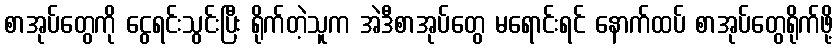
စာအုပ်တွေကို ငွေရင်းသွင်းပြီး ရိုက်တဲ့သူက အဲဒီစာအုပ်တွေ မရောင်းရင် နောက်ထပ် စာအုပ်တွေရိုက်ဖို့